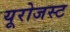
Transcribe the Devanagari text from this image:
यूरोजस्ट